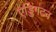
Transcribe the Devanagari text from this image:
एड्डिंगटन